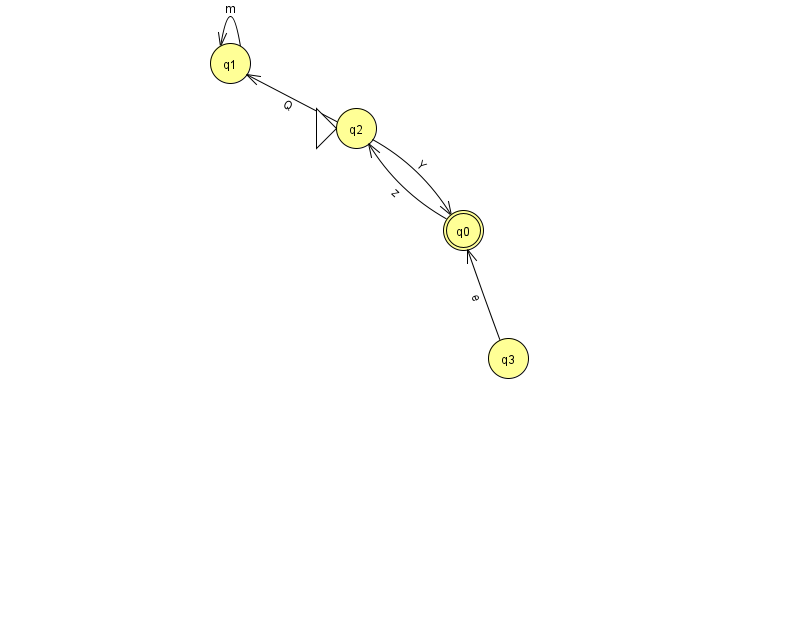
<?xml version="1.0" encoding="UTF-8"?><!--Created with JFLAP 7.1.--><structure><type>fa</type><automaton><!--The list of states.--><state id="0" name="q0"><x>463.0</x><y>217.0</y><final/></state><state id="1" name="q1"><x>230.0</x><y>50.0</y></state><state id="2" name="q2"><x>356.0</x><y>115.0</y><initial/></state><state id="3" name="q3"><x>508.0</x><y>345.0</y></state><!--The list of transitions.--><transition><from>0</from><to>2</to><read>z</read></transition><transition><from>2</from><to>0</to><read>Y</read></transition><transition><from>2</from><to>1</to><read>Q</read></transition><transition><from>1</from><to>1</to><read>m</read></transition><transition><from>3</from><to>0</to><read>e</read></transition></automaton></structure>